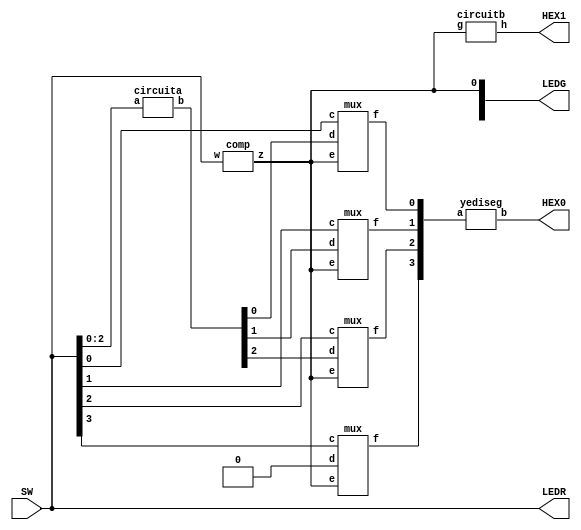
module part2(SW,LEDR,LEDG,HEX0,HEX1);

input [3:0] SW;
output [3:0] LEDR;
output [6:0] HEX0,HEX1;
output [1:0] LEDG;

wire k;
wire [2:0] l;
wire [3:0] m;

assign LEDR[3:0]= SW[3:0];

comp c(SW[3:0],k);
assign LEDG[0]= k;

circuita cira(SW[2:0], l[2:0]);

mux m3(SW[3],1'b0,k,m[3]);
mux m2(SW[2],l[2],k,m[2]);
mux m1(SW[1],l[1],k,m[1]);
mux m0(SW[0],l[0],k,m[0]);

yediseg seg1(m[3:0],HEX0);

circuitb cirb(k,HEX1);

endmodule

module comp(w,z);

input [3:0] w;
output z;

assign z= w[3]&(w[2]|w[1]);
endmodule

module circuita(a,b);

input [2:0] a;
output [2:0] b;

assign b[2]=a[2]&a[1];
assign b[1]=a[2]&(~a[1]);
assign b[0]=a[0];

endmodule

module mux(c,d,e,f);

input c,d,e;
output f;

assign f=(c&(~e))|(d&e);

endmodule

module yediseg(a,b);

input [3:0] a;
output [6:0] b;

assign b[0]= ~(a[3]|a[1])&(a[2]^a[0]);
assign b[1]= ~a[3]&a[2]&(a[1]^a[0]);
assign b[2]= ~a[3]&~a[2]&a[1]&~a[0];
assign b[3]= (~a[3]&~a[2]&~a[1]&a[0])|(~a[3]&a[2]&(~a[1])&(~a[0]))|(~a[3]&a[2]&a[1]&a[0]);
assign b[4]= ~(~(a[3]|a[2]|a[1]|a[0])|(~a[3]&(~a[2])&a[1]&(~a[0]))|(~a[3]&a[2]&a[1]&(~a[0]))|(a[3]&(~a[2])&(~a[1])&(~a[0])));
assign b[5]= (~a[3]&~a[2]&~a[1]&a[0])|(~a[3]&(~a[2])&a[1]&(~a[0]))|(~a[3]&(~a[2])&a[1]&a[0])|(~a[3]&a[2]&a[1]&a[0]);
assign b[6]= (~a[3]&~a[2]&~a[1]&~a[0])|(~a[3]&(~a[2])&(~a[1])&a[0])|(~a[3]&a[2]&a[1]&a[0]);

endmodule

module circuitb(g,h);

input g;
output [6:0] h;

wire [3:0] j;

assign j[3]=~g&g;
assign j[2]=~g&g;
assign j[1]=~g&g;
assign j[0]=g;

yediseg seg2(j[3:0],h[6:0]);
endmodule